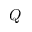
Q